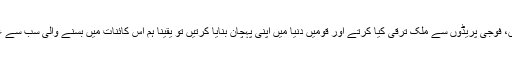
وغیرہ وغیرہ، اگر ملی نغموں، ترانوں، نعروں، فوجی پریڈوں سے ملک ترقی کیا کرتے اور قومیں دنیا میں اپنی پہچان بنایا کرتیں تو یقینا ہم اس کائنات میں بسنے والی سب سے عظیم قوم اور سب سے ترقی یافتہ ملک ہوتے۔